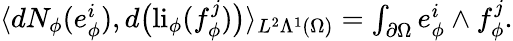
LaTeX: \begin{array}{r}{\langle dN_{\phi}(e_{\phi}^{i}),d\big(\mathrm{li}_{\phi}(f_{\phi}^{j})\big)\rangle_{L^{2}\Lambda^{1}(\Omega)}=\int_{\partial\Omega}e_{\phi}^{i}\wedge f_{\phi}^{j}.}\end{array}